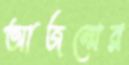
আজন্মের